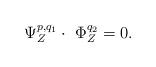
LaTeX: \begin{align*} \ \Psi_Z^{p,q_1} \cdot \ \Phi^{q_2}_Z = 0.\end{align*}